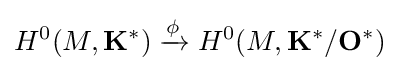
H^{0}(M,\mathbf {K} ^{*})\xrightarrow {\phi } H^{0}(M,\mathbf {K} ^{*}/\mathbf {O} ^{*})